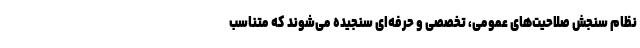
نظام سنجش صلاحیت‌های عمومی، تخصصی و حرفه‌ای سنجیده می‌شوند که متناسب